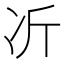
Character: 𫥁